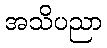
အသိပညာ